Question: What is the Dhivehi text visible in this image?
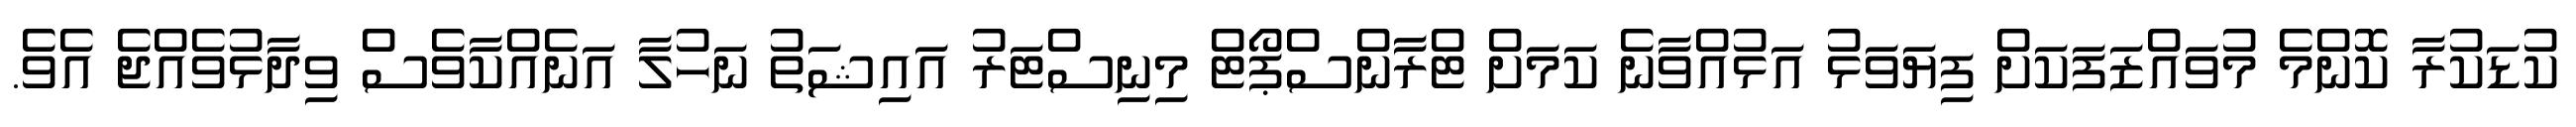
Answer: ކުޑަކުރާ ކޮންމެ މުވައްޒަފަކަށް ފިޔަވަޅު އަޅުއްވާނެ ކަމަށް ޓްރާންސްޕޯޓް މިނިސްޓަރު އައިޝަތު ނަހުލާ އަނެއްކާވެސް ވިދާޅުވެއްޖެ އެވެ.